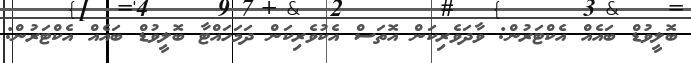
ބޮލީވުޑް ބައެއް އެކްޓަރުން: ވާދަވެރިކަން އޮތަސް އެކުވެރިކަން ދަމަހައްޓާ ބޮލީވުޑް ބައެއް އެކްޓަރުން: